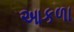
આકળા